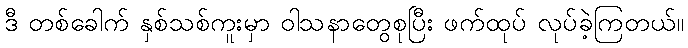
ဒီ တစ်ခေါက် နှစ်သစ်ကူးမှာ ဝါသနာတွေစုပြီး ဖက်ထုပ် လုပ်ခဲ့ကြတယ်။